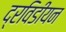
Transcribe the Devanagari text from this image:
द्रविडीयन